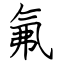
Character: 氟